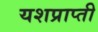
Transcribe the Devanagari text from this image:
यशप्राप्ती